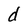
Character: d